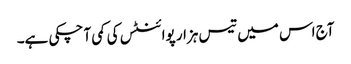
آج اس میں تیس ہزار پوائنٹس کی کمی آ چکی ہے۔